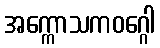
အက္ကောသကဝဂ္ဂေါ